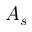
A _ { s }